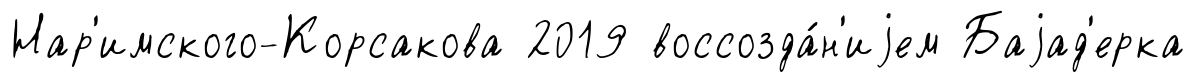
Нар'имского-Корсакова 2019 воссозда́н'иjем Баjад'ерка